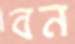
বন